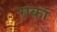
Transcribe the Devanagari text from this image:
राकॉ